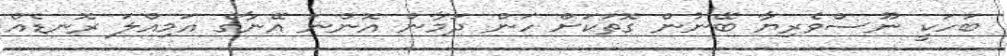
ބަހަކީ ނޫސްވެރިޔާ ބޭނުން ގޮތަކަށް ހަން ދަމާން އޮންނަ އޭނާގެ އަމިއްލަ ރޮނޑެއް